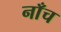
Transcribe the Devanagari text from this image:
नाँच